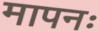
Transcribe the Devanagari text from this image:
मापनः